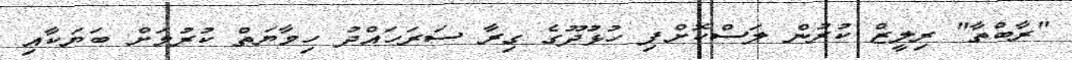
"ރާބްތާ" ރިލީޒް ކުރުން ލަސްކޮށްފި ހުޅުދޫގެ ގިރާ ސަރަހައްދު ހިމާޔަތް ކުރުމަށް ބަޔަކާއި